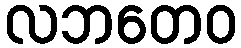
လဘတေဝ